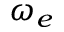
\omega _ { e }